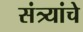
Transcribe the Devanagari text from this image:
संत्र्यांचे